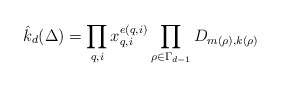
\begin{align*}\hat{k}_d(\Delta) = \prod_{q,i} x_{q,i}^{e(q,i)} \prod_{\rho \in \Gamma_{d-1}}D_{m(\rho),k(\rho)}\end{align*}